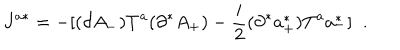
J ^ { a * } = - [ ( \partial A _ { - } ) T ^ { a } ( \partial ^ { * } A _ { + } ) - \frac { i } { 2 } ( \partial ^ { * } a _ { + } ^ { * } ) T ^ { a } a _ { - } ^ { * } ] \; \; .